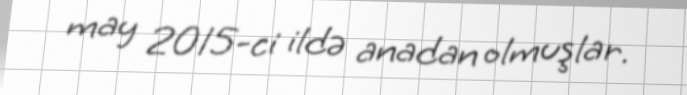
may 2015-ci ildə anadan olmuşlar.